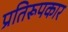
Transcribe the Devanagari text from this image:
प्रतिरूपकार